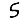
Digit: 5